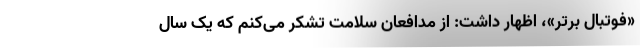
«فوتبال برتر»، اظهار داشت: از مدافعان سلامت تشکر می‌کنم که یک سال